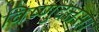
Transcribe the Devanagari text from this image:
विष्णुदत्तसा